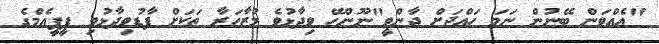
"އެއްވަން ބޭނުން ނަމަ ހައްޖަށް ދާންވީ"ނޫންހޭ ވިދާޅުވެ މުޒާހަރާ ތަކަށް ފާޑުވިދާޅުވި ޕީޕީއެމްގެ